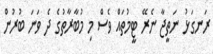
ރަނގަޅު ނަތީޖާ ނެރޭ ޓީމުތައް ވެސް މި މުބާރާތުގެ ދެ ވަނަ ބުރުން